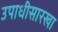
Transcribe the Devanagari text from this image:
उपाधीसारखा